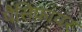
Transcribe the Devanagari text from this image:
पैसिफ़ायर